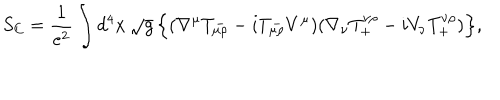
S _ { \mathrm { C } } = \frac { 1 } { e ^ { 2 } } \int d ^ { 4 } x \, \sqrt { g } \, \Bigr \{ ( \nabla ^ { \mu } T _ { \mu \rho } ^ { - } - i T _ { \mu \rho } ^ { - } V ^ { \mu } ) ( \nabla _ { \nu } T _ { + } ^ { \nu \rho } - i V _ { \nu } T _ { + } ^ { \nu \rho } ) \Bigr \} ,